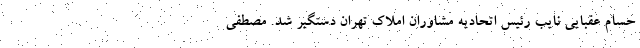
حسام عقبایی نایب رئیس اتحادیه مشاوران املاک تهران دستگیر شد. مصطفی